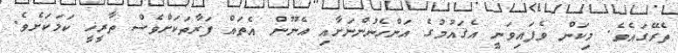
ތެރޭގައެވެ. މިކަން ވެފައިވަނީ އެޤައުމުގެ އަންހެނުންނަށާއި އެނޫން އެތައް ފަރާތަކަށްވެސް ތާރީޚީ ކަމަކަށެވެ.